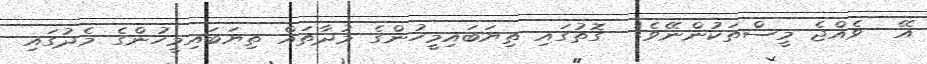
އޭ  ވެއްޖެ މީސްތަކުންނޭވެ!  ގޮތުގައި ތިޔަބައިމީހުންގެ މުދާތައް ތިޔަބައިމީހުންގެ މެދުގައި